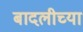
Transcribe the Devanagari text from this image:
बादलीच्या